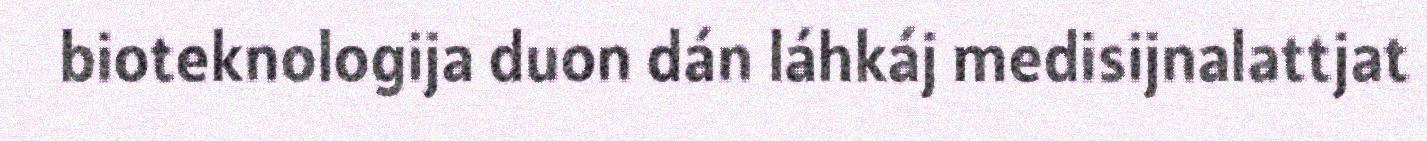
bioteknologija duon dán láhkáj medisijnalattjat